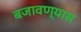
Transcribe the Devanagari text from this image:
बजावण्यास